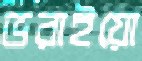
ভরাইয়ো